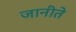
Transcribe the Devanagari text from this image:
जानीते